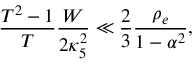
\frac { T ^ { 2 } - 1 } { T } \frac { W } { 2 \kappa _ { 5 } ^ { 2 } } \ll \frac { 2 } { 3 } \frac { \rho _ { e } } { 1 - \alpha ^ { 2 } } ,